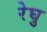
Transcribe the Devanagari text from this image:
रेघु